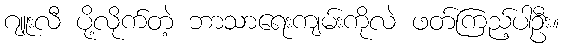
ဂျူးလီ ပို့လိုက်တဲ့ ဘာသာရေးကျမ်းကိုလဲ ဖတ်ကြည့်ပါဦး။